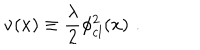
\nu ( x ) \equiv { \frac { \lambda } { 2 } } \phi _ { c l } ^ { 2 } ( x ) \, \, .